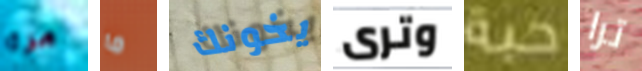
مرة ما يخونك وترى حبة ترا